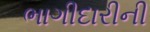
ભાગીદારીની